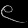
Digit: ၉